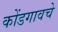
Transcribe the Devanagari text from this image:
कोंडगावचे